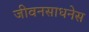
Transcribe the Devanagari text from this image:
जीवनसाधनेस